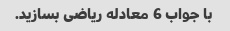
با جواب 6 معادله ریاضی بسازید.